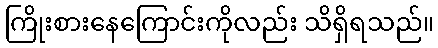
ကြိုးစားနေကြောင်းကိုလည်း သိရှိရသည်။